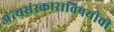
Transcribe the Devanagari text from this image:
अंत्यसंस्काराविषयीची